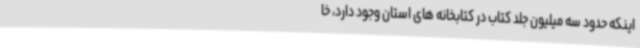
اینکه حدود سه میلیون جلد کتاب در کتابخانه های استان وجود دارد، خا